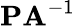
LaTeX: \mathbf{PA}^{-1}